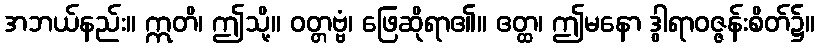
အဘယ်နည်း။ ဣတိ၊ ဤသို့။ ဝတ္တဗ္ဗံ၊ ဖြေဆိုရာ၏။ ဧတ္ထ၊ ဤမနော ဒွါရာဝဇ္ဇန်းစိတ်၌။